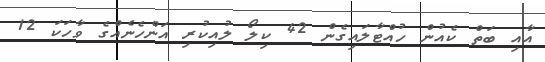
އާއި ބަތް ކެއުން ހުއްޓާލައިގެން 42 ކިލޯ ލުއިކުރި އަންހެނެއްގެ ވާހަކަ 12